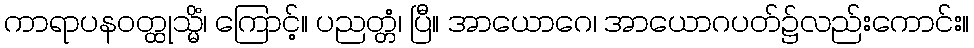
ကာရာပနဝတ္ထုသ္မိံ၊ ကြောင့်။ ပညတ္တံ၊ ပြီ။ အာယောဂေ၊ အာယောဂပတ်၌လည်းကောင်း။